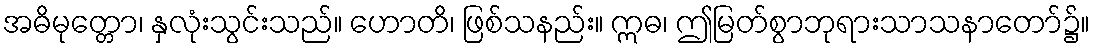
အဓိမုတ္တော၊ နှလုံးသွင်းသည်။ ဟောတိ၊ ဖြစ်သနည်း။ ဣဓ၊ ဤမြတ်စွာဘုရားသာသနာတော်၌။